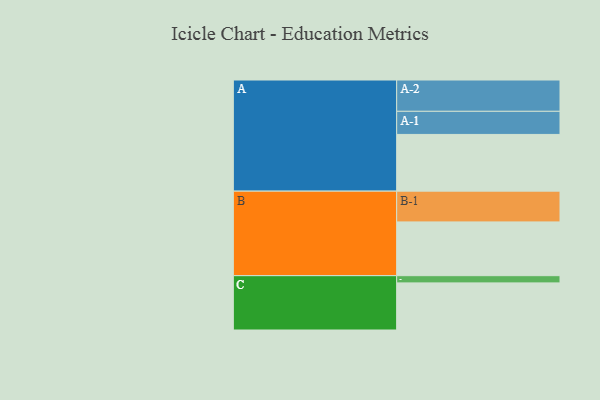
{"axis": {"x": "Segment", "y": "Value"}, "legend": ["", "A", "B", "C"], "data": [{"x": "A", "y": 520, "type": ""}, {"x": "B", "y": 493, "type": ""}, {"x": "C", "y": 432, "type": ""}, {"x": "A-1", "y": 212, "type": "A"}, {"x": "A-2", "y": 287, "type": "A"}, {"x": "B-1", "y": 282, "type": "B"}, {"x": "C-1", "y": 66, "type": "C"}]}